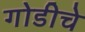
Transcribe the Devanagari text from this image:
गोडीचे